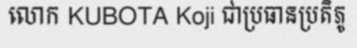
លោក KUBOTA Koji ជាប្រធានប្រតិភូ